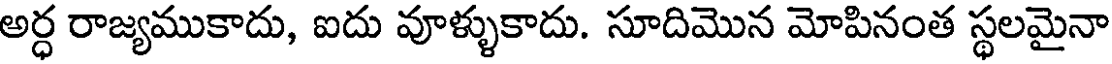
అర్ధ రాజ్యముకాదు, ఐదు వూళ్ళుకాదు. సూదిమొన మోపినంత స్థలమైనా